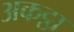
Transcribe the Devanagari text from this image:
अकट्ठा